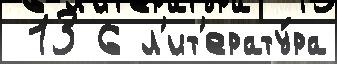
 13 6 л'ит'ерату́ра